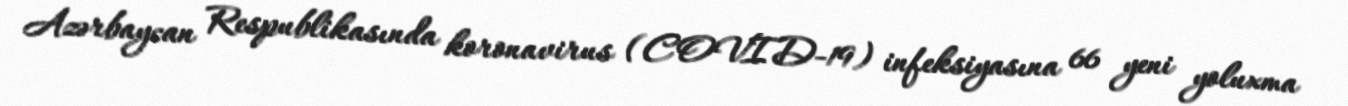
Azərbaycan Respublikasında koronavirus (COVID-19) infeksiyasına 66 yeni yoluxma